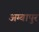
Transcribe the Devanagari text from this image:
अम्बापुर